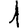
Digit: 1